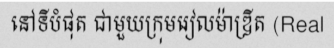
នៅទីបំផុត ជាមួយក្រុមរៀលម៉ាឌ្រីត (Real